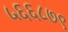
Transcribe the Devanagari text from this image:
५६६८७९